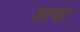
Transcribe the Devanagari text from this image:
जाचा